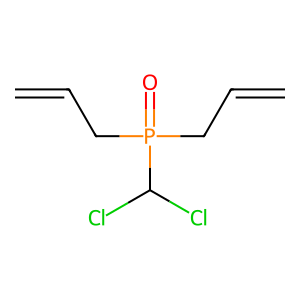
SMILES: C=CCP(=O)(CC=C)C(Cl)Cl
Inhibits HIV replication: No